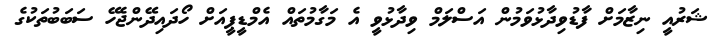
ޝަރުއީ ނިޒާމަށް ފާޑުވިދާޅުވަމުން އަސްލަމް ވިދާޅުވީ އެ މަގާމުތައް އެމްޑީޕީއަށް ހޯދައިދޭންޖެހޭ ސަބަބުތަކުގެ